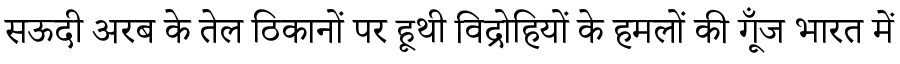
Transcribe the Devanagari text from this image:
सऊदी अरब के तेल ठिकानों पर हूथी विद्रोहियों के हमलों की गूँज भारत में